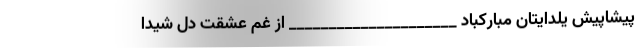
پیشاپیش یلدایتان مبارکباد _____________________ از غم عشقت دل شیدا